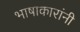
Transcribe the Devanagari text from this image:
भाषाकारांनी